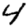
Digit: 4